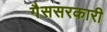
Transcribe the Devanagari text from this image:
गैससरकारी